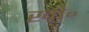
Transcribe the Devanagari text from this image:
खो॰